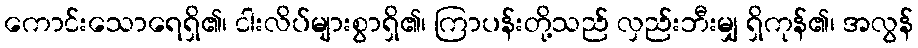
ကောင်းသောရေရှိ၏၊ ငါးလိပ်များစွာရှိ၏၊ ကြာပန်းတို့သည် လှည်းဘီးမျှ ရှိကုန်၏၊ အလွန်